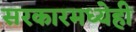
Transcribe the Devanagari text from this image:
सरकारमध्येही